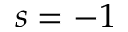
s = - 1